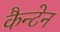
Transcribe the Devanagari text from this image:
कैन्टेन